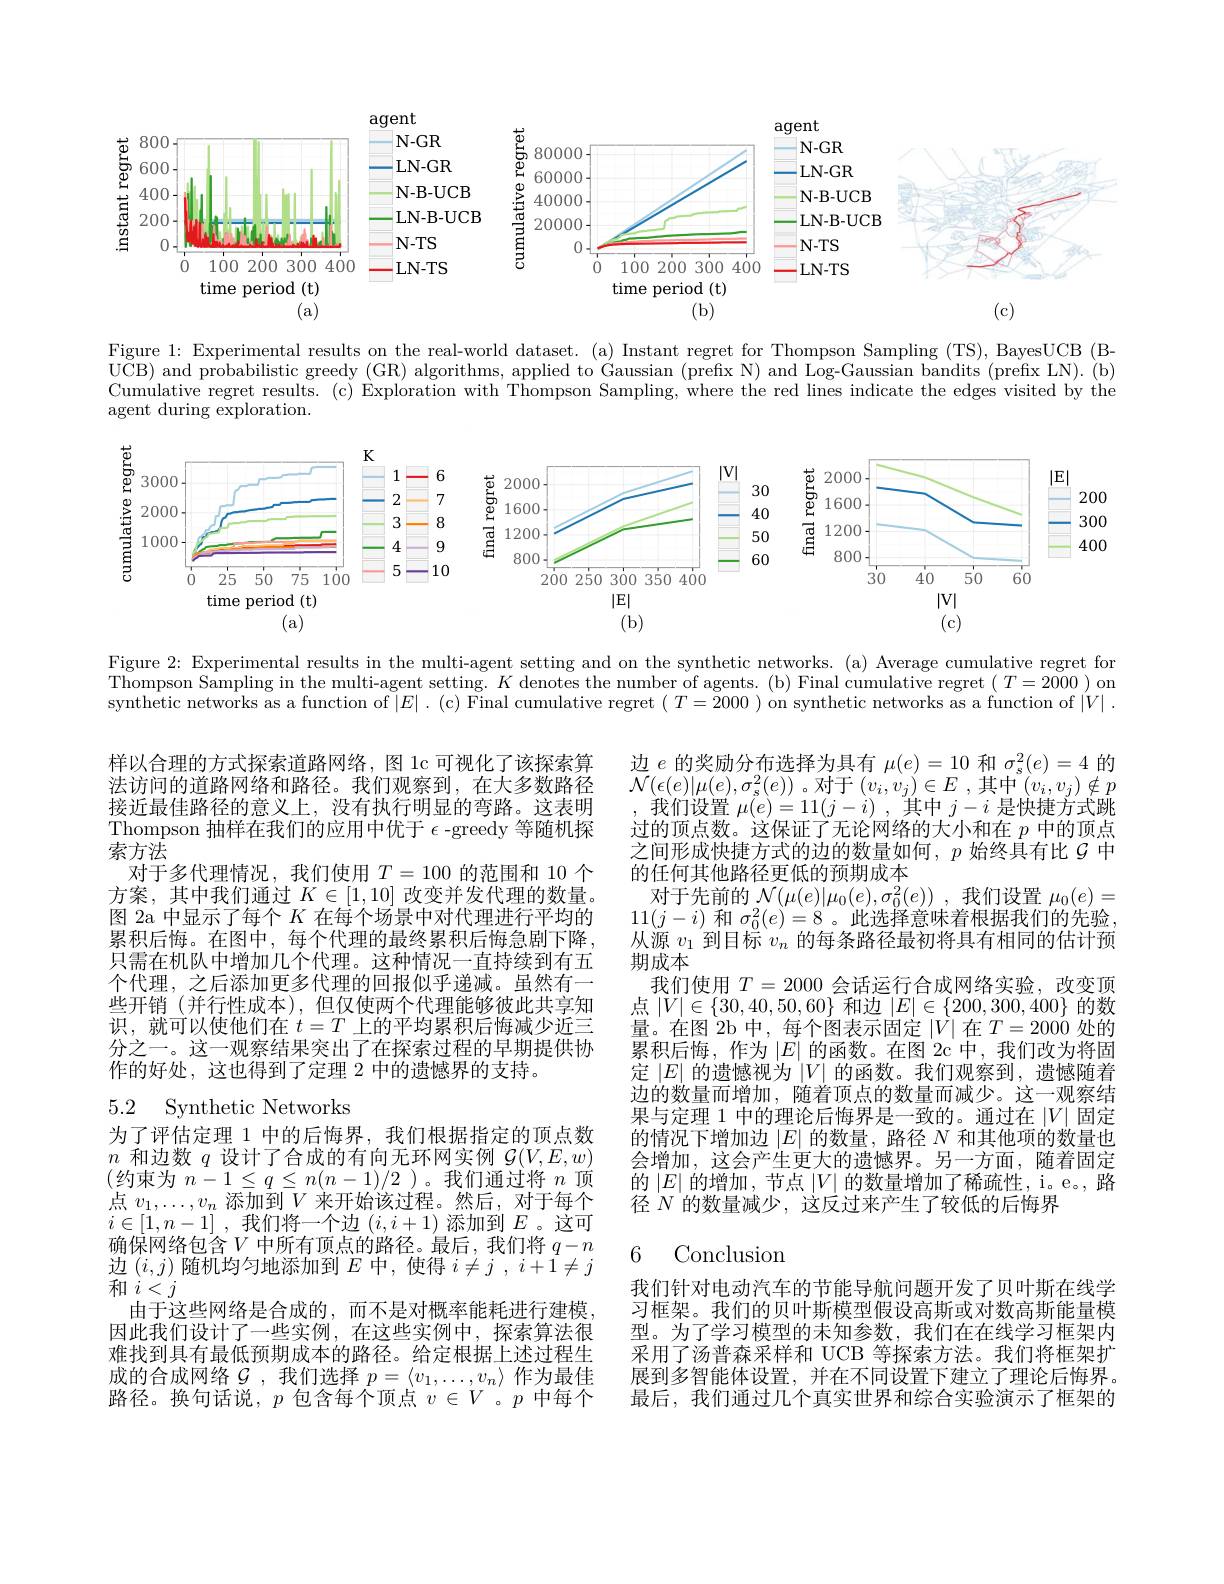
<FigureHere>

Figure 1: Experimental results on the real-world dataset. (a) Instant regret for Thompson Sampling (TS), BayesUCB (B- $\begin{array}{c}\mathrm{UCB)~and~probabilistic~greedy~(GR)~algorithms,~applied~to~Gaussian~(prefix~N)~and~Log-Gaussian~bandits~(prefix~LN).~(b)}\end{array}$ Cumulative regret results. (c) Exploration with Thompson Sampling, where the red lines indicate the edges visited by the agent during exploration.

<FigureHere>

Figure 2: Experimental results in the multi-agent setting and on the synthetic networks. (a) Average cumulative regret for $\bar{\text{Thompson Sampling in the multi-agent setting. }K\text{ denotes the number of agents. (b) Final cumulative regret }(T=2000)}$ on synthetic networks as a function of $|E|.$ (c) Final cumulative regret $(T=\widetilde{2}000)$ on synthetic networks as a function of $|V|.$

样以合理的方式探索道路网络，图 1c 可视化了该探索算法访问的道路网络和路径。我们观察到，在大多数路径接近最佳路径的意义上，没有执行明显的弯路。这表明Thompson 抽样在我们的应用中优于$\epsilon$ -greedy 等随机探索方法
对于多代理情况，我们使用$T=100$的范围和 10 个方案，其中我们通过$K\in[1,10]$改变并发代理的数量。图 2a 中显示了每个$K\dot{\text{ 在每个场景中对代理进行平均的}}$ 累积后悔。在图中，每个代理的最终累积后悔急剧下降， 只需在机队中增加几个代理。这种情况一直持续到有五个代理，之后添加更多代理的回报似乎递减。虽然有一些开销 (并行性成本),但仅使两个代理能够彼此共享知识，就可以使他们在$t=T$上的平均累积后悔减少近三分之一。这一观察结果突出了在探索过程的早期提供协作的好处，这也得到了定理 2 中的遗憾界的支持。

边$e$的奖励分布选择为具有$\mu(e)=10$和$\sigma_{\mathrm{s}}^2(e)=4$的$\mathcal{N}(\epsilon(e)|\mu(e),\sigma_{s}^{2}(e))$。对于$(v_i,v_j)\in E$ ,其中$(v_i,v_j)\notin p$
我们设置$\mu(e)=11(j-i)$ ,其中$j-i$是快捷方式跳过的顶点数。这保证了无论网络的大小和在$p$中的顶点之间形成快捷方式的边的数量如何，$p$始终具有比$g$中的任何其他路径更低的预期成本
对于先前的$\mathcal{N}(\mu(e)|\mu_0(e),\sigma_0^2(e))$ ,我们设置$\mu_0(e)=$ $11(j-i)$ 和 $\sigma_0^2(e)=8$。此选择意味着根据我们的先验， 从源$v_1$到目标$v_n$的每条路径最初将具有相同的估计预期成本
我们使用$T=2000$会话运行合成网络实验，改变顶点$|V|\in\{30,40,50,60\}$和边$|E|\in\{200,300,400\}$的数量。在图 2b 中，每个图表示固定$\left|V\right|$在$T=2000$处的累积后悔，作为$\left|E\right|$的函数。在图 2c 中，我们改为将固定$|E|$的遗憾视为$|V|$的函数。我们观察到，遗憾随着边的数量而增加，随着顶点的数量而减少。这一观察结果与定理 1 中的理论后悔界是一致的。通过在$|V|$固定的情况下增加边$|E|$的数量，路径$N$和其他项的数量也会增加，这会产生更大的遗憾界。另一方面，随着固定的$|E|$的增加，节点$|V|$的数量增加了稀疏性，i。e。,路径$N$的数量减少，这反过来产生了较低的后悔界

## 5.2 Synthetic Networks

### 6 Conclusion

为了评估定理 1 中的后悔界，我们根据指定的顶点数$n$和边数$q$设计了合成的有向无环网实例$\mathcal{G}(V,E,w)$ $\begin{array}{l}(\text{约束为 }n-1\leq q\leq n(n-1)/2\text{ )。我们通过将 }n\text{ 顶}\\\text{点 }v_1,\ldots,v_n\text{ 添加到 }V\text{ 来开始该过程。然后，对于每个}\\i\in[1,n-1],\text{ 我们将一个边 }(i,i+1)\text{ 添加到 }E\text{ 。这可}\end{array}$ 确保网络包含$V$ 中所有顶点的路径。最后，我们将 $q-n$ 边$(i,j)$随机均匀地添加到$E$中，使得$i\neq j$ ,$i+1\neq j$ $\bar{\text{和 }i<j}$
由于这些网络是合成的，而不是对概率能耗进行建模因此我们设计了一些实例，在这些实例中，探索算法很难找到具有最低预期成本的路径。给定根据上述过程生成的合成网络$\mathcal{G}$,我们选择 $p=\langle v_1,\ldots,v_n\rangle$ 作为最佳路径。换句话说，$p$包含每个顶点$v\in V$ 。$p$中每个

我们针对电动汽车的节能导航问题开发了贝叶斯在线学习框架。我们的贝叶斯模型假设高斯或对数高斯能量模型。为了学习模型的未知参数，我们在在线学习框架内采用了汤普森采样和 UCB 等探索方法。我们将框架扩展到多智能体设置，并在不同设置下建立了理论后悔界。最后，我们通过几个真实世界和综合实验演示了框架的